system: You are a helpful assistant.
user:
Analyze the provided spectrum to determine if it is a **S-type Star**.

- **Key Indicators for S-type Star:**

    - **(Overall Spectrum Shape):** The first and most obvious characteristic is the overall continuum (the "baseline" shape). It is **extremely "red-sloping,"** meaning the flux (light intensity) is very low on the left side (blue, ~4000-4500 Å) and rises steeply and continuously toward the right side (red, ~7000 Å+).

    - **(Primary):** The spectrum is defined by the presence of strong, broad molecular absorption "valleys" (bands) from **Zirconium Oxide (ZrO)**. The identification of these bands is the **primary requirement** for classifying a star as S-type.
        - **(Key Bandheads):** You must find distinct, deep "dips" where the light has been absorbed. The most critical band systems to locate are:
            - **~6474 Å** ($\gamma$-system): This is often the strongest and clearest ZrO feature, found in the red part of the spectrum.
            - **~5718 Å** & **~5551 Å** ($\beta$-system): A pair of prominent absorption features in the yellow-orange part of the spectrum.
            - **~4640 Å** ($\alpha$-system): A key absorption band system in the blue-green region of the spectrum.

    - **(Secondary Confirmation):** The classification is strengthened by finding additional absorption bands from other related heavy element oxides, which are expected to be present alongside ZrO.
        - **(Key Bandheads):**
            - **Yttrium Oxide (YO):** Look for absorption dips near **~4800 Å** and **~6100 Å**.
            - **Lanthanum Oxide (LaO):** Additional absorption features, particularly in the red-orange part of the spectrum, are also characteristic.

    - **(Line Profile):** The combination of the steep red continuum and these numerous, deep molecular bands (ZrO, YO, etc.) gives the entire spectrum a very **"chopped-up"** or **"bumpy"** appearance. Instead of a smooth curve, the spectrum looks as though large, wide chunks of light have been "carved out" of it at the specific wavelengths listed above.

Think first, call **spectral_visualization_tool** if needed to examine features in detail, then provide your final answer. Your response must adhere to the following strict rules:
1.  **Overall Structure:** Your response must follow the format `<think>...</think> <tool_call>...</tool_call> (if a tool is used) <answer>...</answer>`.
2.  **Tool Usage Constraint:** You may only make **one** tool call per turn.
3.  **Final Answer Format:** In the `<answer>` tag, your conclusion must be inside a `\boxed{}` command (e.g., `\boxed{YES}` or `\boxed{NO}`), followed by your justification.

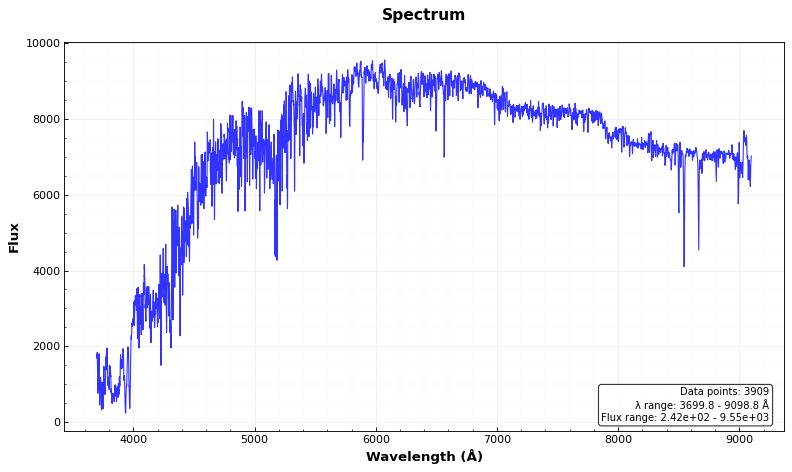
Answer: NO